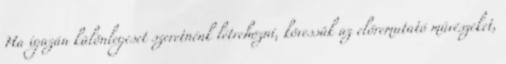
Ha igazán különlegeset szeretnénk létrehozni, kövessük az előremutató művészeket,